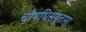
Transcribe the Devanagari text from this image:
चौषधिसंयुताम्।